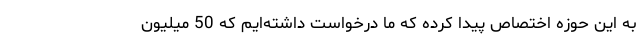
به این حوزه اختصاص پیدا کرده که ما درخواست داشته‌ایم که 50 میلیون